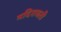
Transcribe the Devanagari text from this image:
मदिरावती